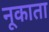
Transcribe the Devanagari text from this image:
नूकाता